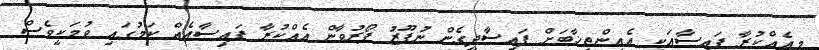
މިއެއްކުރާ ފައިސާއަކީ އެއިންތިޚާބަށް ފައިސާދީގެން ނުފޫޒު ފޯރުވާން އެއްކުރާ ފައިސާއެއް ކަމުގައި ވުމަކީވެސް